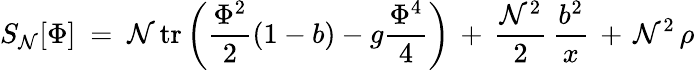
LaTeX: S_{\mathcal{N}}[\Phi]\ =\ \mathcal{N}\, \mathrm{{tr}}\left({\frac{{\Phi^{2}}}{{2}}}(1-b)-g{\frac{{\Phi^{4}}}{{4}}}\right)\, +\, {\frac{{\mathcal{N}^{2}}}{{2}}}\, {\frac{{b^{2}}}{{x}}}\, +\, \mathcal{N}^{2}\, \rho